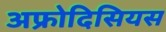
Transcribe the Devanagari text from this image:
अफ्रोदिसियस